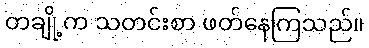
တချို့က သတင်းစာ ဖတ်နေကြသည်။